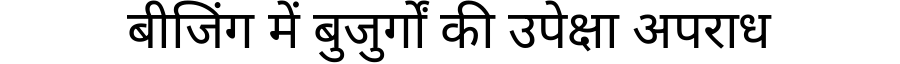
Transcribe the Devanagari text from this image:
बीजिंग में बुजुर्गों की उपेक्षा अपराध